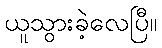
ယူသွားခဲ့လေပြီ။